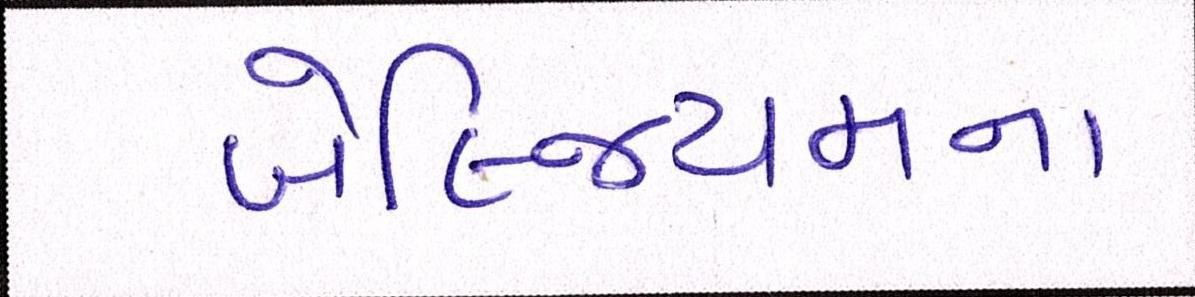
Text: બેલ્જિયમના